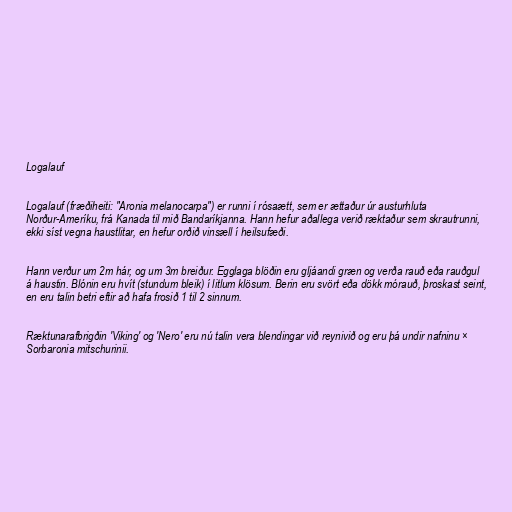
Logalauf

Logalauf (fræðiheiti: "Aronia melanocarpa") er runni í rósaætt, sem er ættaður úr austurhluta
Norður-Ameríku, frá Kanada til mið Bandaríkjanna. Hann hefur aðallega verið ræktaður sem skrautrunni,
ekki síst vegna haustlitar, en hefur orðið vinsæll í heilsufæði.

Hann verður um 2m hár, og um 3m breiður. Egglaga blöðin eru gljáandi græn og verða rauð eða rauðgul
á haustin. Blónin eru hvít (stundum bleik) í litlum klösum. Berin eru svört eða dökk mórauð, þroskast seint,
en eru talin betri eftir að hafa frosið 1 til 2 sinnum.

Ræktunarafbrigðin 'Viking' og 'Nero' eru nú talin vera blendingar við reynivið og eru þá undir nafninu ×
Sorbaronia mitschurinii.